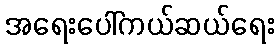
အရေးပေါ်ကယ်ဆယ်ရေး